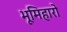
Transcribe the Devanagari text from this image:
भूमिहारो